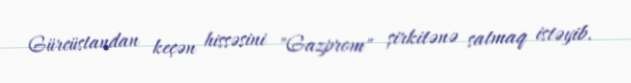
Gürcüstandan keçən hissəsini "Gazprom" şirkitənə satmaq istəyib.